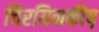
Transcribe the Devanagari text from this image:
चिरयिनकीष़